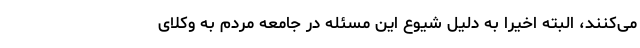
می‌کنند، البته اخیرا به دلیل شیوع این مسئله در جامعه مردم به وکلای